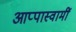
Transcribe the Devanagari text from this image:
आप्पास्वामीं